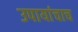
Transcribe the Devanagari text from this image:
उपायांचाच